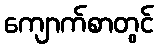
ကျောက်စာတွင်